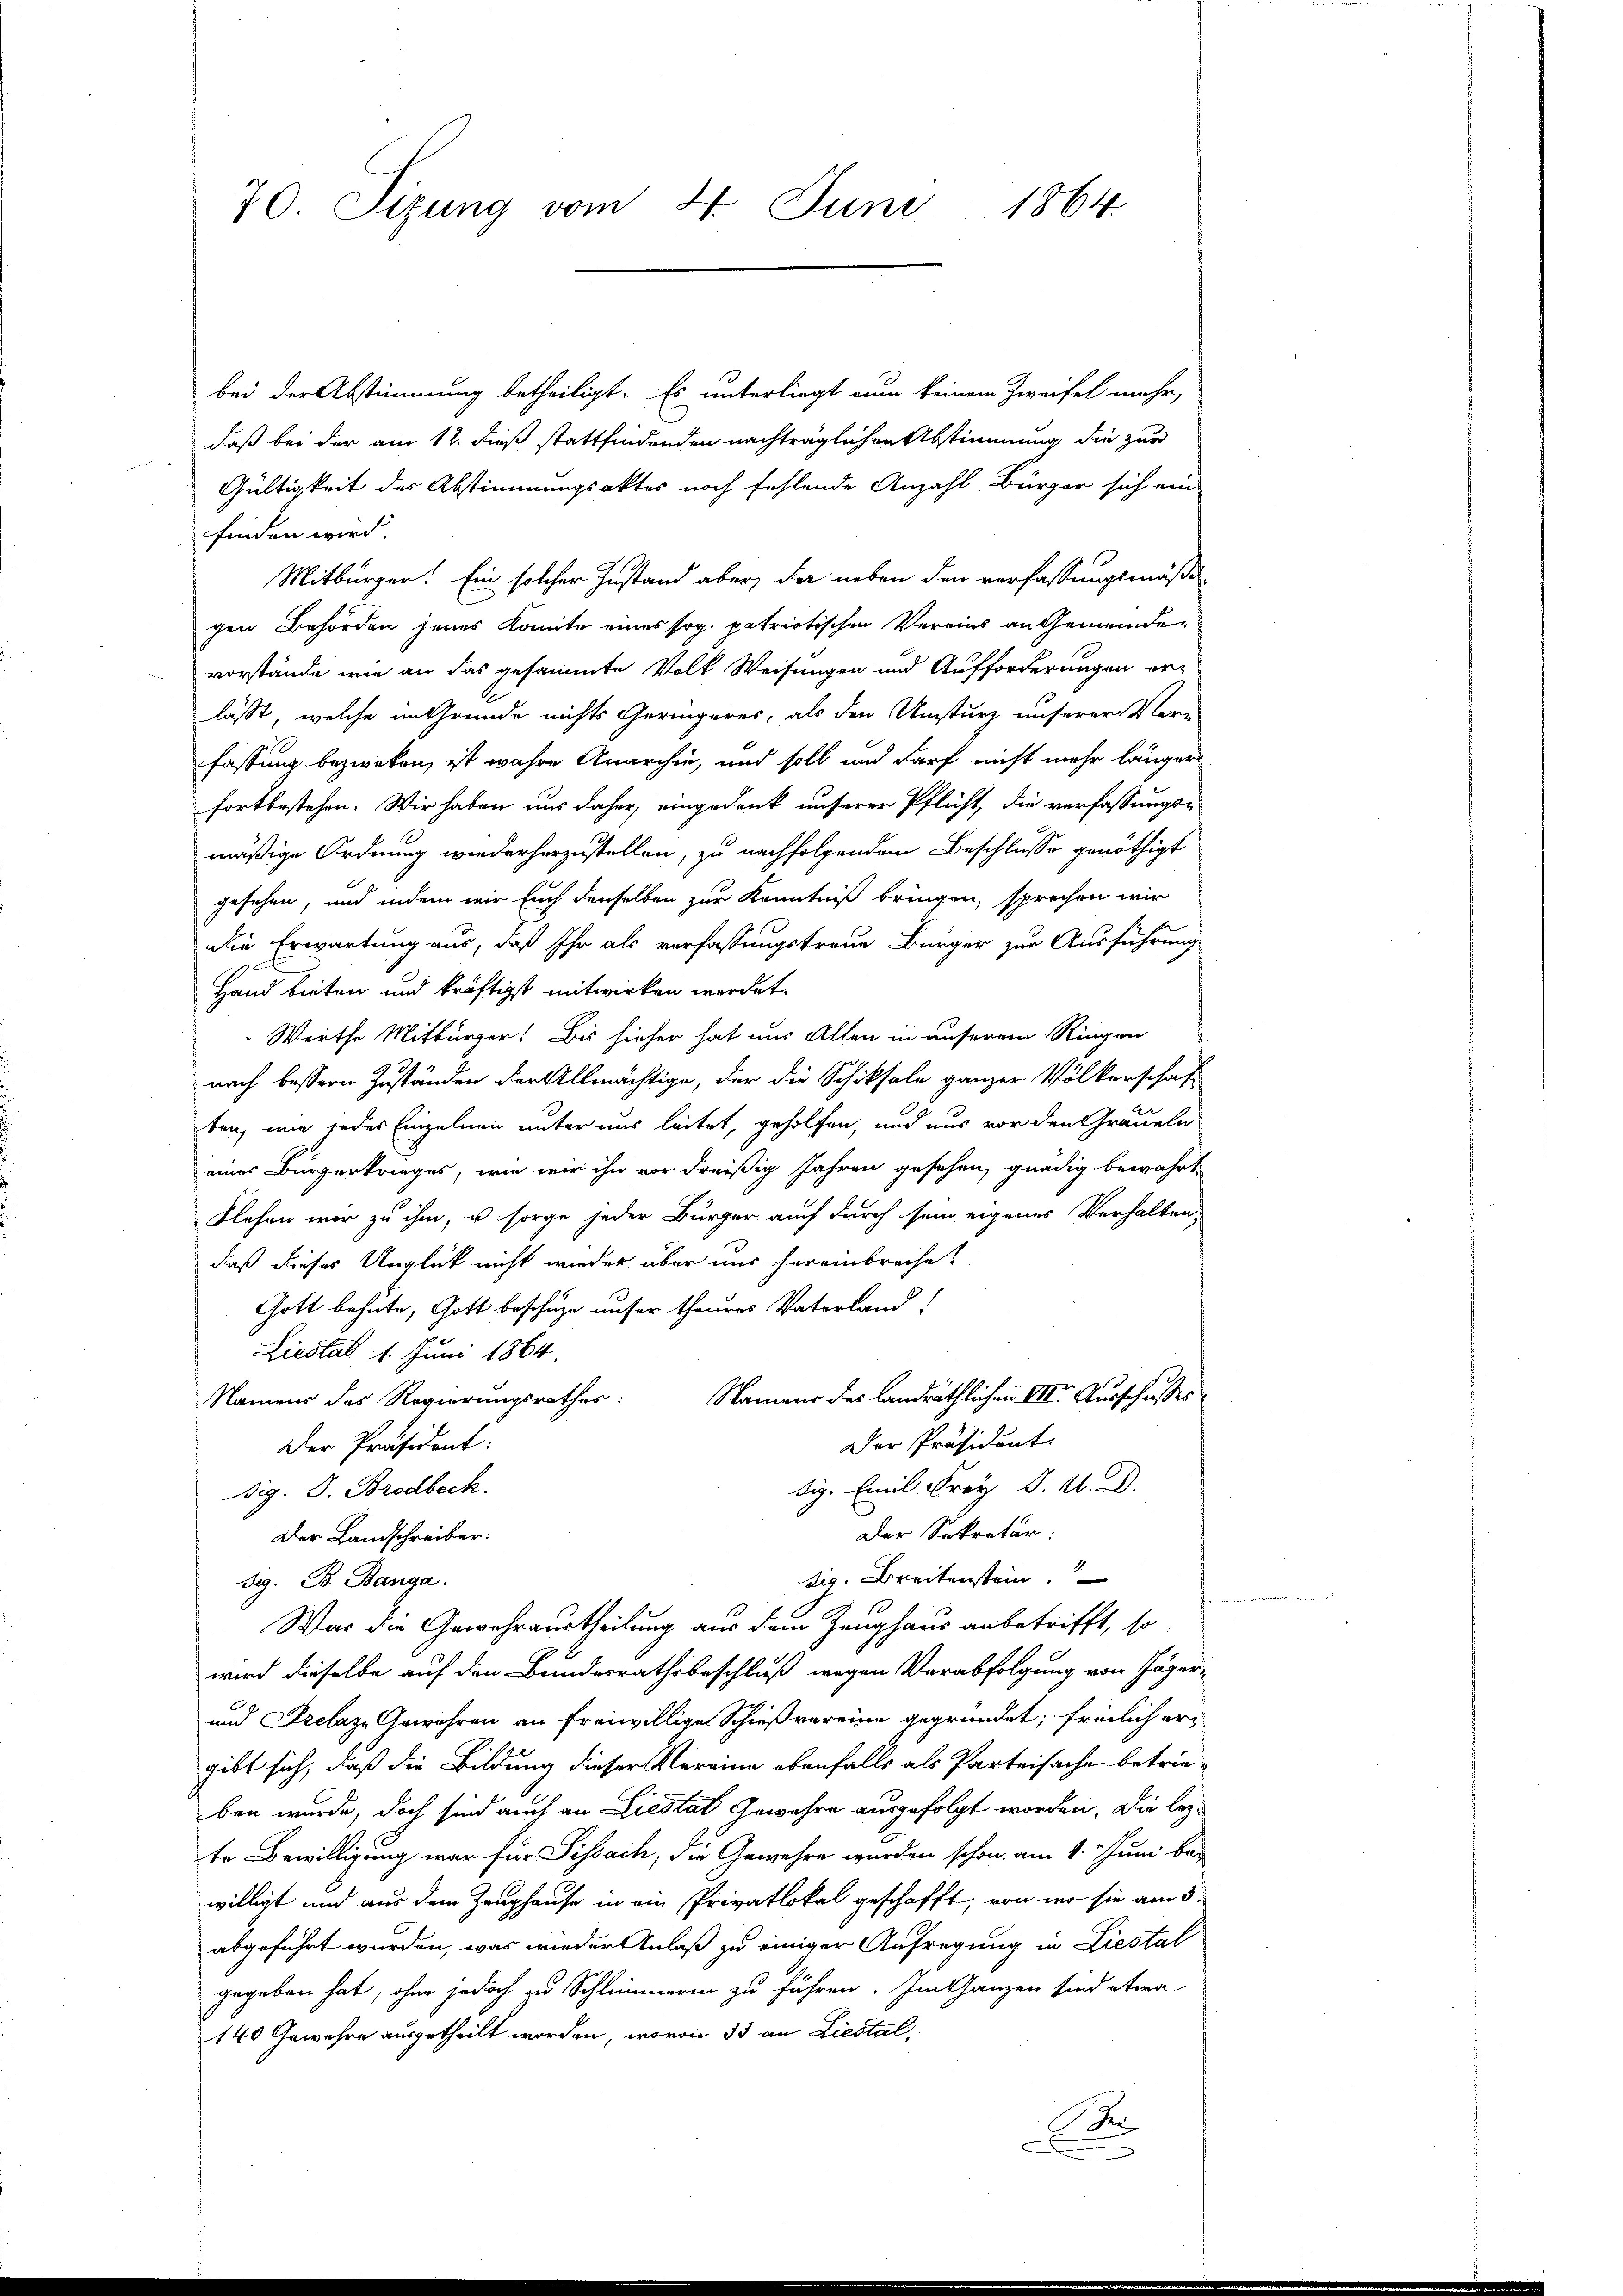
70. Sizung vom 4. Juni 1864

bei der Abstimmung betheiligt. Es unterliegt nun keinem Zweifel mehr,
daß bei der am 12. dieß stattfindenden nachträglichen Abstimmung die zur
Gültigkeit des Abstimmungsaktes noch fehlende Anzahl Bürger sich ein
finden wird.
Mitbürger! Ein solcher Zustand aber, da neben den verfassungsmäßigen Behörden jenes Komite eines sog. patriotischen Vereins an Gemeindevorstände wie an das gesammte Volk Weisungen und Aufforderungen er-
lässt, welche im Grunde nichts Geringeres, als den Umsturz unserer Vern
fassung bezweken, ist wahre Anarchia, und soll und darf nicht mehr länger
fortbestehen. Wir haben uns daher, eingedank unserer Pflicht, die verfassungs-
mäßige Ordnung wiederherzustellen, zu nachfolgendem Beschlusse genöthigt
gesehen, und indem wir Euch denselben zur Kenntniß bringen, sprechen wir
die Erwartung aus, daß Ihr als verfassungstraue Bürger zur Ausführung
Hand bieten und kräftigst mitwirken werdet.
Werthe Mitbürger! Bis hieher hat nur Allen in unserem Ringen
nach bessern Zuständen der Allmächtige, der die Schicksale ganzer Völkerschaft
ten, wie jedes Einzelnen unter uns leitet, geholfen, und aus vor den Grauen
eines Bürgerkrieges, wie wir ihn vor dreißig Jahren gesehen, gnädig bewahrt,
flesen war zu ihm, u sorge jeder Bürger auch durch sein eigenes Verhalten,
daß dieses Unglück nicht wieder über nur hereinbreche?
Gott behute, Gott beschuze unser theures Vaterland!
Liestab 1. Juni 1864.
Namens des Landräthlichen VIII. Ausschlusses
Namens des Regierungsrathes:
Der Präsident:
Der Präsident:
dig. Emil Frey d. M. D.
ig. S. Brodbeck.
Der Sekretär
Der Landschreiber:
ziv. Breitenstein.
Beg. B. Banga
War die Gewehraustheilung aus dem Zeughaus anbetrifft, so
wird dieselbe auf den Bundesrathsbeschluß wegen Verabfolgung von Jäger-
und Prelaz Gewehren an freiwillige Schießvereine gegründet, freilich ergibt sich, daß die Bildung dieser Vereine ebenfalls als Parteisache betrieben wurde, doch sind auch an Liestat Gewahre ausgefolgt worden. Die lezte Bewilligung war für Sissach, die Gewehre wurden schon am 1. Juni be-
willigt und aus dem Zeughause in ein Privatlokal geschafft, von wer sie am 3.
abgeführt wurden, was wieder Anlaß zu einiger Aufregung in Liestal
gegeben hat, ohne jedoch zu Schlimmerin zu führen. Im Ganzen sind etwa
140 Gewehre ausgetheilt worden, wovon 33 an Liestal
D